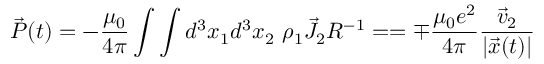
\vec { P } ( t ) = - \frac { \mu _ { 0 } } { 4 \pi } \int \int d ^ { 3 } x _ { 1 } d ^ { 3 } x _ { 2 } ~ \rho _ { 1 } \vec { J } _ { 2 } R ^ { - 1 } = = \mp \frac { \mu _ { 0 } e ^ { 2 } } { 4 \pi } \frac { \vec { v } _ { 2 } } { | \vec { x } ( t ) | }